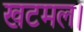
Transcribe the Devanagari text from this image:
खटमल।